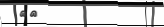
١٣